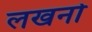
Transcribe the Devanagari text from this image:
लखनो